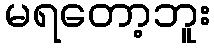
မရတော့ဘူး